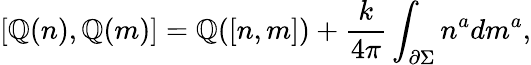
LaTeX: \lbrack\mathbb{Q}(n),\mathbb{Q}(m)]=\mathbb{Q}([n,m])+{\frac{k}{{4\pi}}}\int_{{\partial}\Sigma}n^{a}dm^{a},